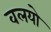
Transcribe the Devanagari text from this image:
वलयो